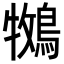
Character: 𮭁